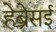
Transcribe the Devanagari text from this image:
हेब्रेसई